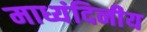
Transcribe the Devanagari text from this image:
माध्यंदिनीय